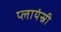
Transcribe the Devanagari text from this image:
प्लायंस्री